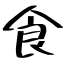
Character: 食